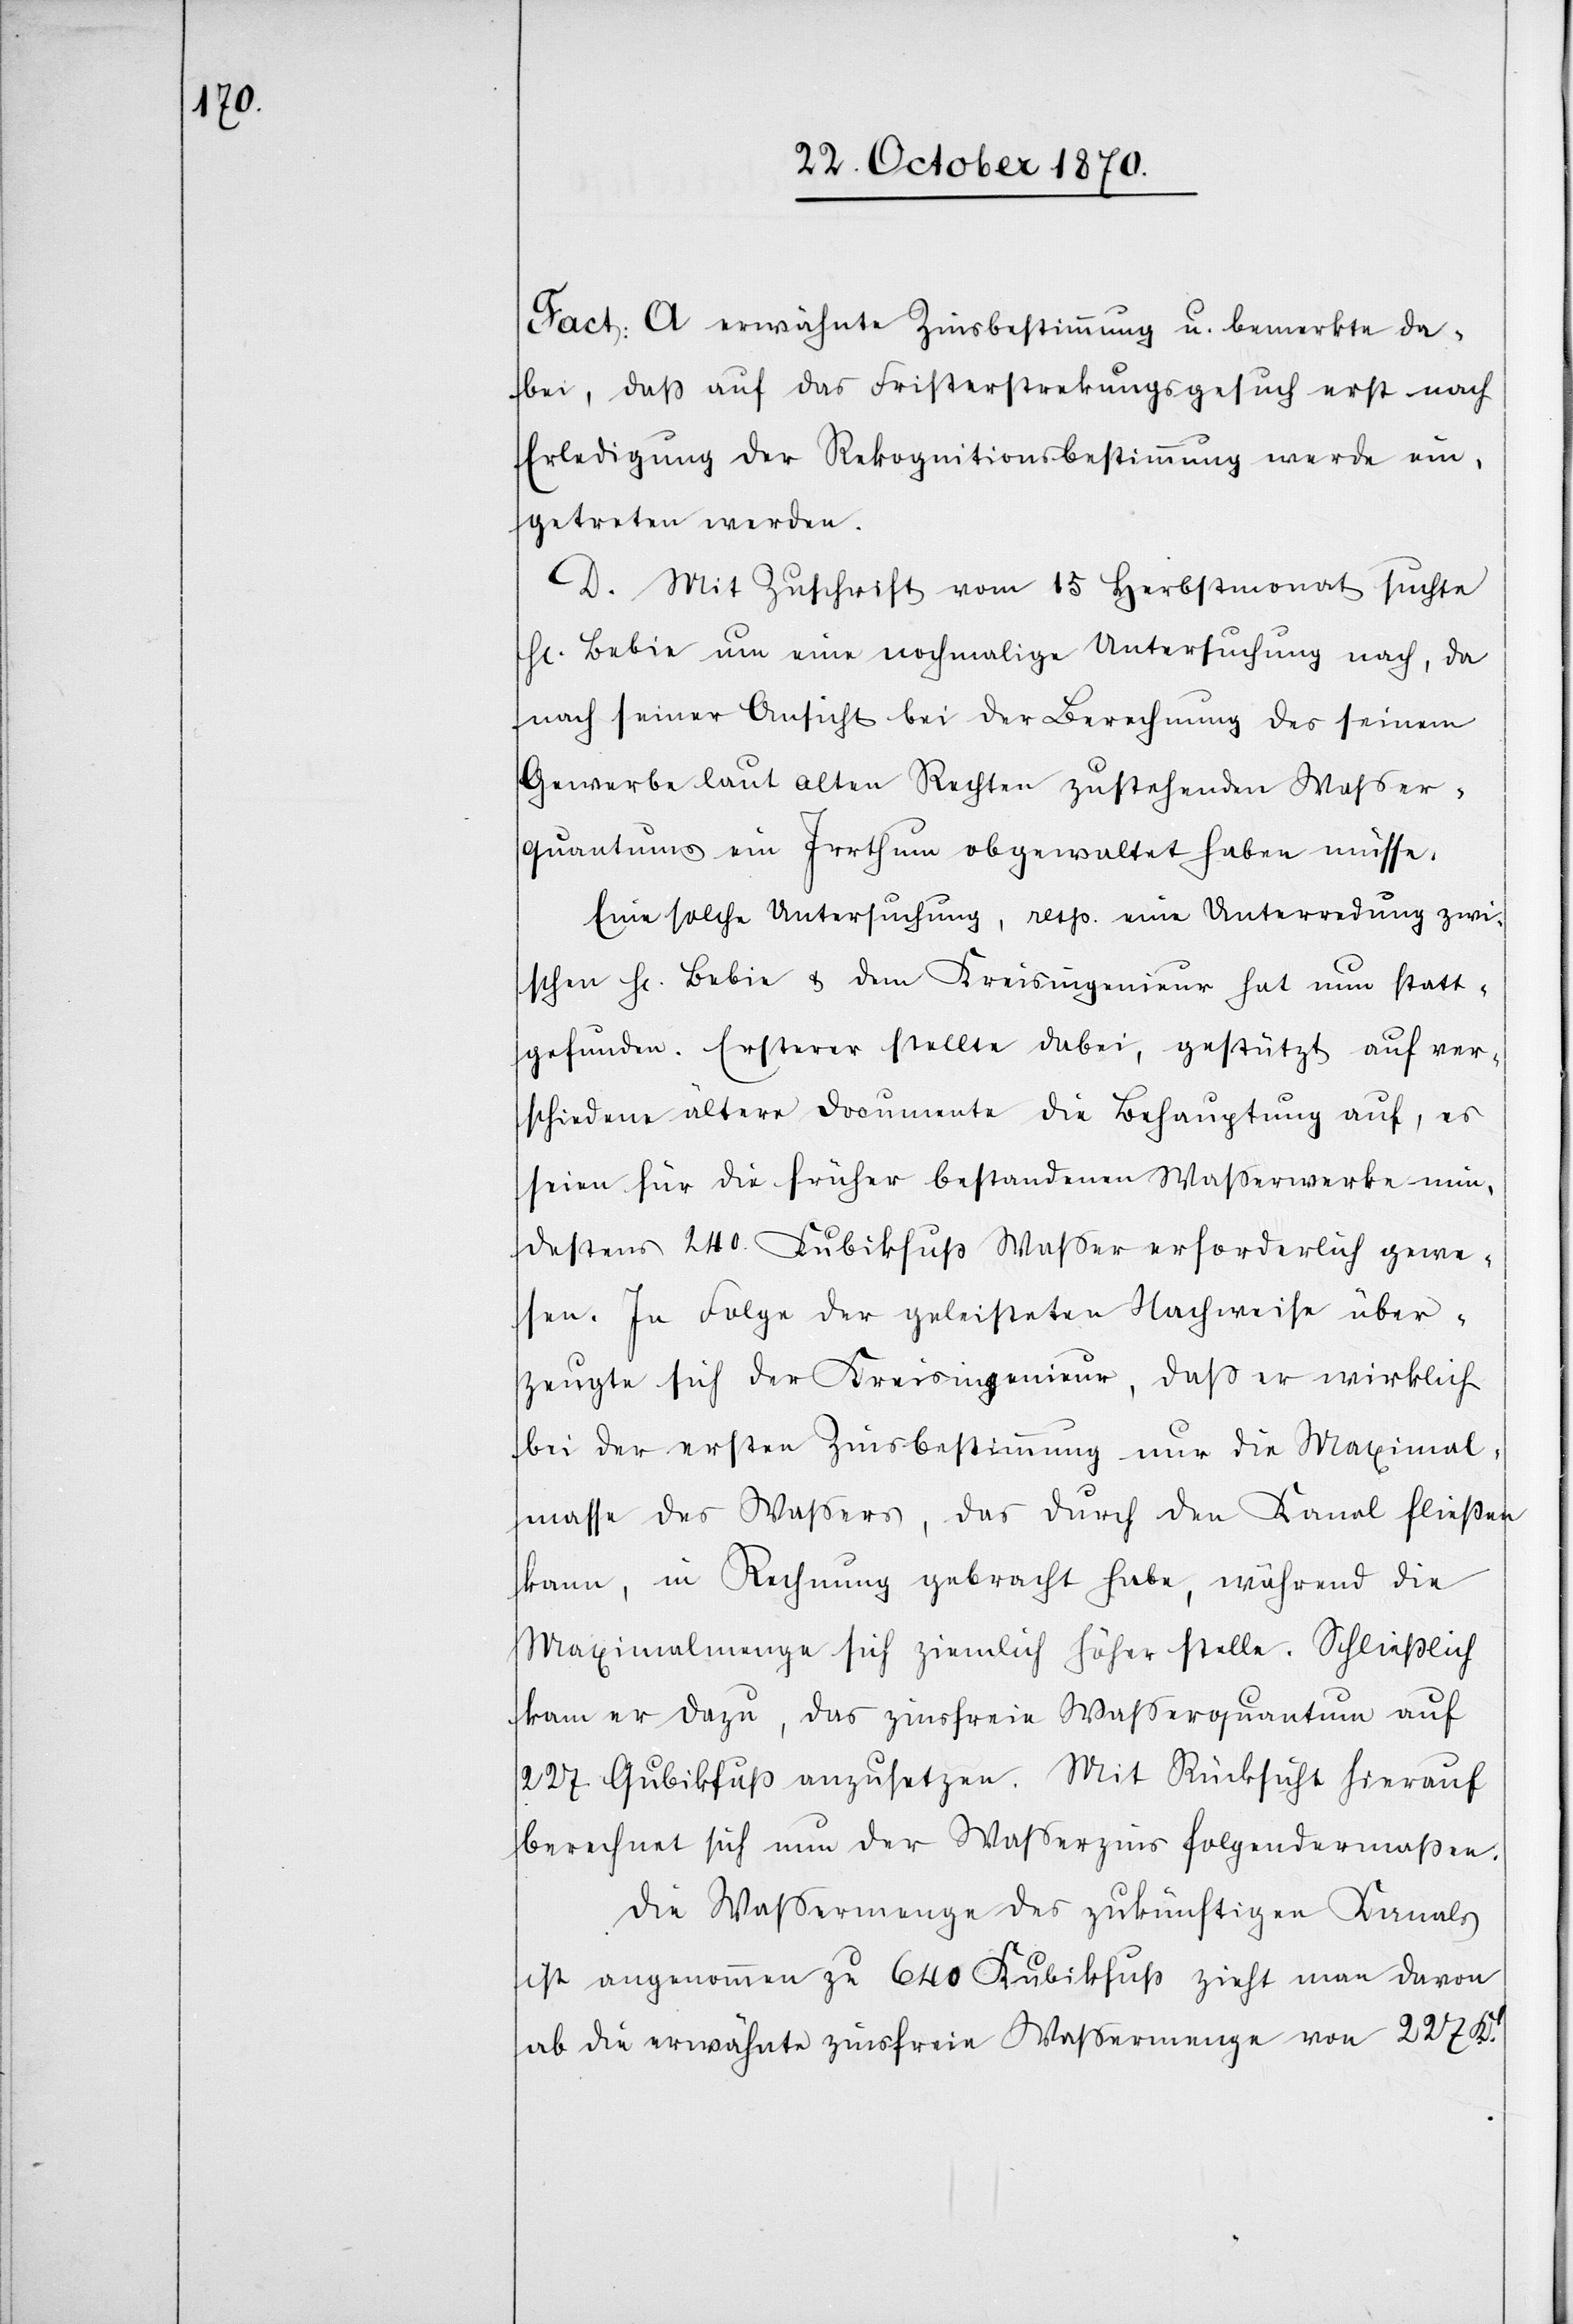
Fact: A erwähnte Zinsbestimmung u. bemerkte da¬
bei, daß auf das Fristerstreckungsgesuch erst nach
Erledigung der Rekognitionsbestimmung werde ein¬
getreten werden.
D. Mit Zuschrift vom 15 Herbstmonat suchte
H[err] Bebie um eine nochmalige Untersuchung nach, da
nach seiner Ansicht bei der Berechnung des seinem
Gewerbe laut alten Rechten zustehenden Waßer¬
quantums ein Irrthum obgewaltet haben müsse.
Eine solche Untersuchung, resp. eine Unterredung zwi¬
schen H. Bebie & dem Kreisingenieur hat nun statt¬
gefunden. Ersterer stellte dabei, gestützt auf ver¬
schiedene ältere Documente die Behauptung auf, es
seien für die früher bestandenen Wasserwerke min¬
destens 240 Kubikfuß Waßer erforderlich gewe¬
sen. In Folge der geleisteten Nachweise über¬
zeugte sich der Kreisingenieur, daß er wirklich
bei der ersten Zinsbestimmung nur die Maximal¬
masse des Waßers, das durch den Kanal fließen
kann, in Rechnung gebracht habe, während die
Maximalmenge sich ziemlich höher stelle. Schließlich
kam er dazu, das zinsfreie Waßerquantum auf
227 Qubikfuß anzusetzen. Mit Rücksicht hierauf
berechnet sich nun der Waßerzins folgendermaßen.
Die Waßermenge des zukünftigen Kanals
ist angenommen zu 640 Kubikfuß zieht man davon
ab die erwähnte zinsfreie Waßermenge von 227 Kb.